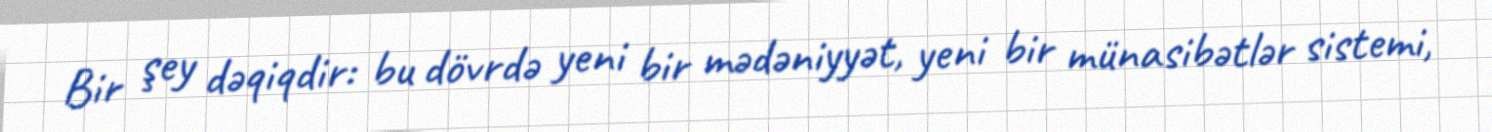
Bir şey dəqiqdir: bu dövrdə yeni bir mədəniyyət, yeni bir münasibətlər sistemi,